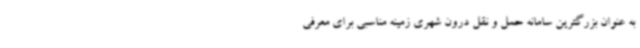
به عنوان بزرگترین سامانه حمل و نقل درون شهری زمینه مناسبی برای معرفی